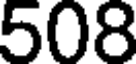
508